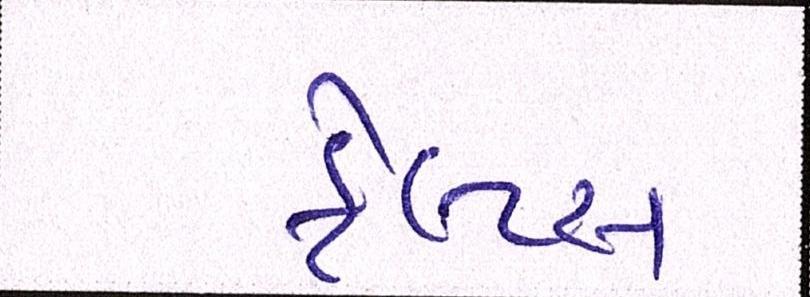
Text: ફેલ્પ્સ